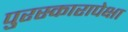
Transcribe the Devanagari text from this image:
पुरस्कारापेक्षा